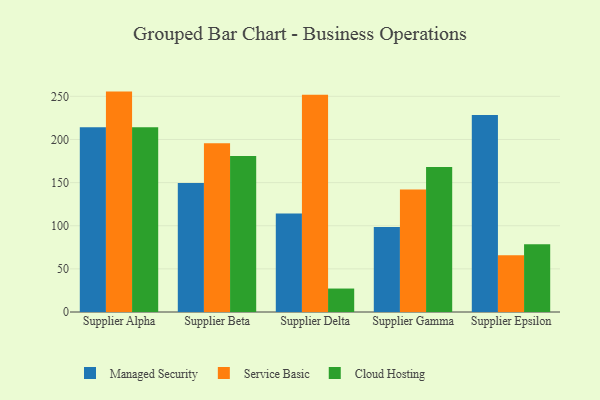
{"axis": {"x": "Supplier", "y": "Latency (ms)"}, "legend": ["Cloud Hosting", "Managed Security", "Service Basic"], "data": [{"x": "Supplier Alpha", "y": 214.1, "type": "Managed Security"}, {"x": "Supplier Alpha", "y": 255.5, "type": "Service Basic"}, {"x": "Supplier Alpha", "y": 214.3, "type": "Cloud Hosting"}, {"x": "Supplier Beta", "y": 149.6, "type": "Managed Security"}, {"x": "Supplier Beta", "y": 195.7, "type": "Service Basic"}, {"x": "Supplier Beta", "y": 180.7, "type": "Cloud Hosting"}, {"x": "Supplier Delta", "y": 114.3, "type": "Managed Security"}, {"x": "Supplier Delta", "y": 251.8, "type": "Service Basic"}, {"x": "Supplier Delta", "y": 27.2, "type": "Cloud Hosting"}, {"x": "Supplier Gamma", "y": 98.4, "type": "Managed Security"}, {"x": "Supplier Gamma", "y": 142.0, "type": "Service Basic"}, {"x": "Supplier Gamma", "y": 168.2, "type": "Cloud Hosting"}, {"x": "Supplier Epsilon", "y": 228.4, "type": "Managed Security"}, {"x": "Supplier Epsilon", "y": 65.8, "type": "Service Basic"}, {"x": "Supplier Epsilon", "y": 78.4, "type": "Cloud Hosting"}]}